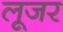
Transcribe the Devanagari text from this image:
लूजर